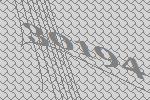
30194